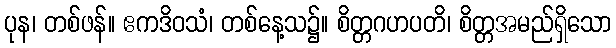
ပုန၊ တစ်ဖန်။ ဧကဒိဝသံ၊ တစ်နေ့သ၌။ စိတ္တဂဟပတိ၊ စိတ္တအမည်ရှိသော